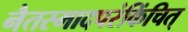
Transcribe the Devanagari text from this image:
नैतस्मादपरंकिंचित्